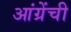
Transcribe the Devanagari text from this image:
आंग्रेंची